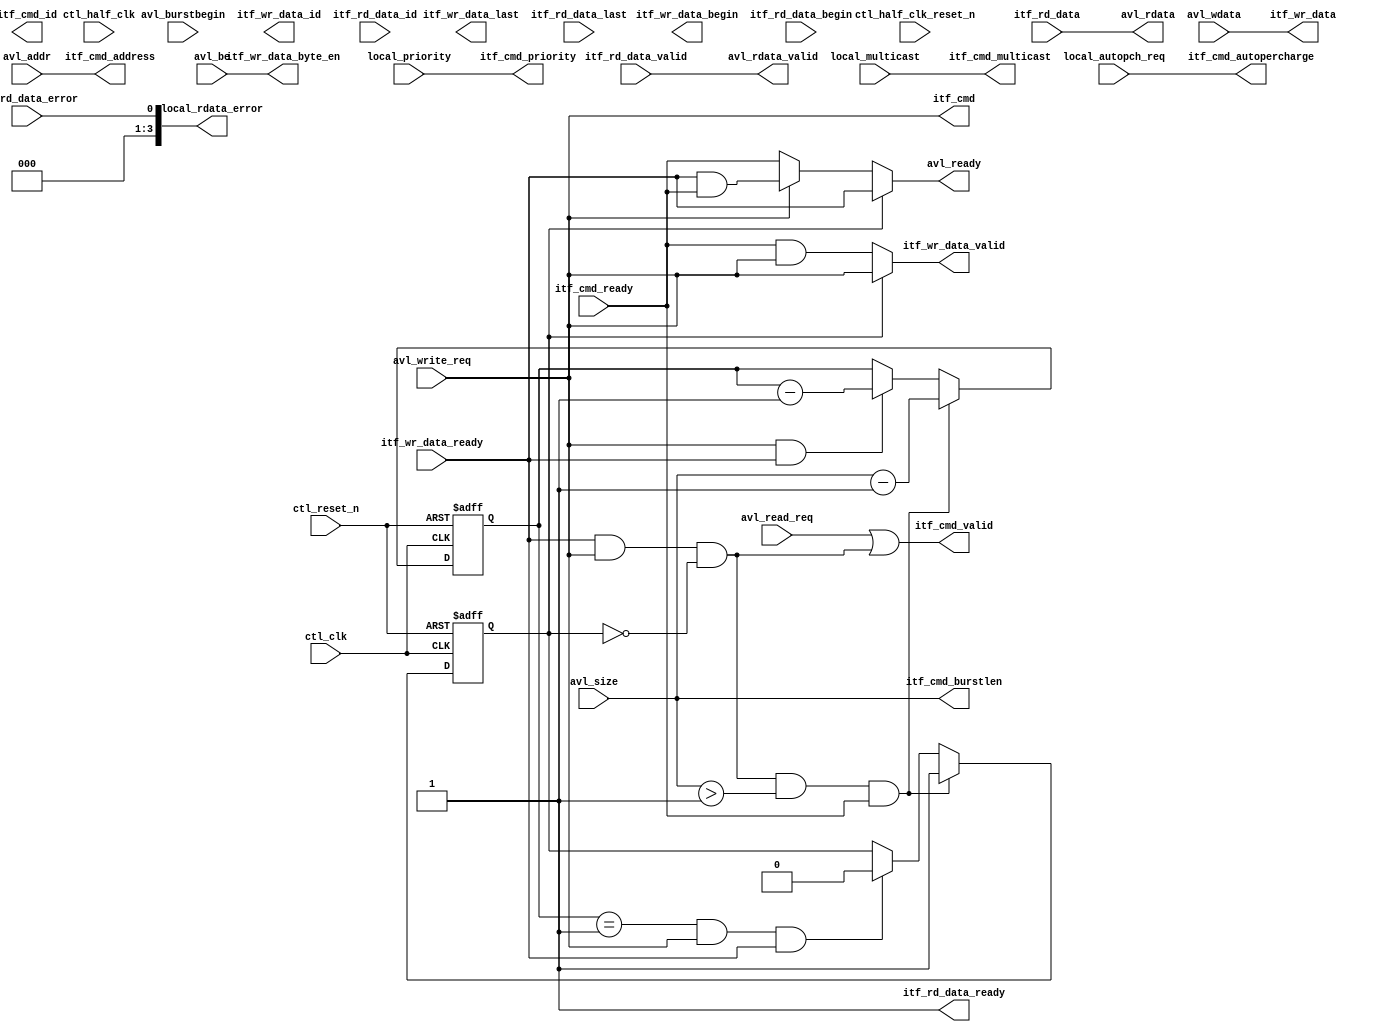
module alt_mem_ddrx_mm_st_converter # (
	parameter       
        AVL_SIZE_WIDTH   = 3,
        AVL_ADDR_WIDTH   = 25,
        AVL_DATA_WIDTH   = 32,
        LOCAL_ID_WIDTH = 8,
        CFG_DWIDTH_RATIO = 4
	
	) 
	(

	    ctl_clk, // controller clock
        ctl_reset_n, // controller reset_n, synchronous to ctl_clk

        ctl_half_clk, // controller clock, half-rate 
        ctl_half_clk_reset_n, // controller reset_n, synchronous to ctl_half_clk 

        // Avalon data slave interface
        avl_ready, // Avalon wait_n
        avl_read_req, // Avalon read 
        avl_write_req, // Avalon write
        avl_size, // Avalon burstcount
        avl_burstbegin, // Avalon burstbegin
        avl_addr, // Avalon address 
        avl_rdata_valid, // Avalon readdata_valid
        avl_rdata, // Avalon readdata
        avl_wdata, // Avalon writedata
        avl_be, // Avalon byteenble
        
        local_rdata_error, // Avalon readdata_error
        local_multicast, // In-band multicast
        local_autopch_req, // In-band auto-precharge request signal 
        local_priority, // In-band priority signal
        
        // cmd channel
		itf_cmd_ready,
		itf_cmd_valid,
		itf_cmd,
		itf_cmd_address,
		itf_cmd_burstlen,
		itf_cmd_id,
		itf_cmd_priority,
		itf_cmd_autopercharge,
		itf_cmd_multicast,
	
		// write data channel
		itf_wr_data_ready,
		itf_wr_data_valid,
		itf_wr_data,
		itf_wr_data_byte_en,
		itf_wr_data_begin,
		itf_wr_data_last,
		itf_wr_data_id,
		
		// read data channel
		itf_rd_data_ready,
		itf_rd_data_valid,
		itf_rd_data,
		itf_rd_data_error,
		itf_rd_data_begin,
		itf_rd_data_last,
		itf_rd_data_id	
);

    input ctl_clk;
    input ctl_reset_n;

    input ctl_half_clk;
    input ctl_half_clk_reset_n;

    output avl_ready;
    input avl_read_req;
    input avl_write_req;
    input  [AVL_SIZE_WIDTH-1:0] avl_size;
    input avl_burstbegin;
    input  [AVL_ADDR_WIDTH-1:0] avl_addr;
    output avl_rdata_valid;
    output [3:0] local_rdata_error;
    output [AVL_DATA_WIDTH-1:0] avl_rdata;
    input  [AVL_DATA_WIDTH-1:0] avl_wdata;
    input  [AVL_DATA_WIDTH/8-1:0] avl_be;
        
    input local_multicast;
    input local_autopch_req;
    input local_priority;
        
    input itf_cmd_ready;
    output itf_cmd_valid;
    output itf_cmd;
    output [AVL_ADDR_WIDTH-1:0] itf_cmd_address;
    output [AVL_SIZE_WIDTH-1:0] itf_cmd_burstlen;
    output [LOCAL_ID_WIDTH-1:0] itf_cmd_id;
    output itf_cmd_priority;
    output itf_cmd_autopercharge;
    output itf_cmd_multicast;
	
    input itf_wr_data_ready;
    output itf_wr_data_valid;
    output [AVL_DATA_WIDTH-1:0] itf_wr_data;
    output [AVL_DATA_WIDTH/8-1:0] itf_wr_data_byte_en;
    output itf_wr_data_begin;
    output itf_wr_data_last;
    output [LOCAL_ID_WIDTH-1:0] itf_wr_data_id;
		
    output itf_rd_data_ready;
    input itf_rd_data_valid;
    input [AVL_DATA_WIDTH-1:0] itf_rd_data;
    input itf_rd_data_error;
    input itf_rd_data_begin;
    input itf_rd_data_last;
    input [LOCAL_ID_WIDTH-1:0] itf_rd_data_id;
    

    reg [AVL_SIZE_WIDTH-1:0] burst_count;
	
    wire    int_ready;
    wire    itf_cmd; // high is write
    wire    itf_wr_if_ready;

    reg     data_pass;
    reg     [AVL_SIZE_WIDTH-1:0] burst_counter;
		
    // when cmd_ready = 1'b1, avl_ready = 1'b1;
    // when avl_write_req = 1'b1,
    // take this write req and then then drive avl_ready until receive # of beats = avl_size? 
    // we will look at cmd_ready, if cmd_ready = 1'b0, avl_ready = 1'b0
    // when cmd_ready = 1'b1, avl_ready = 1'b1;
    // when local_ready_req = 1'b1,
    // take this read_req
    // we will look at cmd_ready, if cmd_ready = 1'b0, avl_ready = 1'b0

    assign itf_cmd_valid = avl_read_req | itf_wr_if_ready;

    assign itf_wr_if_ready = itf_wr_data_ready & avl_write_req & ~data_pass;
    
    assign avl_ready = int_ready;
    assign itf_rd_data_ready = 1'b1;
    assign itf_cmd_address = avl_addr ;
    assign itf_cmd_burstlen = avl_size ;
    assign itf_cmd_autopercharge = local_autopch_req ;
    assign itf_cmd_priority = local_priority ;
    assign itf_cmd_multicast = local_multicast ;
    assign itf_cmd = avl_write_req;

    // write data channel
    assign itf_wr_data_valid = (data_pass) ? avl_write_req : itf_cmd_ready & avl_write_req;
    assign itf_wr_data = avl_wdata ;
    assign itf_wr_data_byte_en = avl_be ;
			 
    // read data channel
    assign avl_rdata_valid = itf_rd_data_valid;
    assign avl_rdata =  itf_rd_data;
    assign local_rdata_error = itf_rd_data_error;
    
    assign int_ready = (data_pass) ? itf_wr_data_ready : ((itf_cmd) ? (itf_wr_data_ready & itf_cmd_ready) : itf_cmd_ready);
    
    always @(posedge ctl_clk, negedge ctl_reset_n)
        begin
            if (!ctl_reset_n)
                burst_counter  <=  0;
            else
                begin
                    if (itf_wr_if_ready && avl_size > 1 && itf_cmd_ready)
                        burst_counter   <=  avl_size - 1;
                    else if (avl_write_req && itf_wr_data_ready)
                        burst_counter   <=  burst_counter - 1;
                end
        end                    
            
    always @(posedge ctl_clk, negedge ctl_reset_n)
        begin
            if (!ctl_reset_n)
                data_pass  <=  0;
            else
                begin
                    if (itf_wr_if_ready && avl_size > 1 && itf_cmd_ready)
                        data_pass  <=  1;
                    else if (burst_counter == 1 && avl_write_req && itf_wr_data_ready)
                        data_pass  <=  0;
                end
        end
		
endmodule